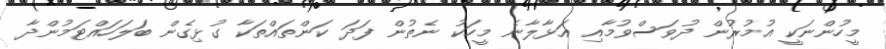
މީހުންނަކީ އުމުރުން ދުވަސްވުމާއި އަޅާލާނެ މީހަކު ނެތުން ފަދަ ކަންތައްތަކާ ގުޅިގެން ބަލަހައްޓަމުންދާ